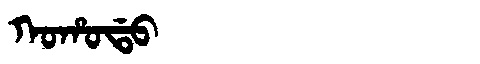
Manchu: ᡴᠣᡥᠣᡩᠣ
Romanization: KOHODO